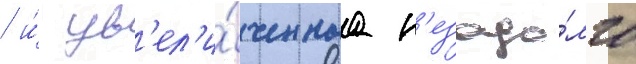
/ и́ ув'ел'и́ченнаа н'езадо́лго